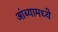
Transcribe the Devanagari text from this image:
आंब्यामध्ये